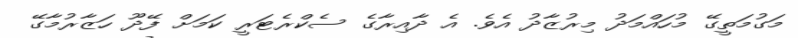
މަގުމަތީގޭ މުހައްމަދު މިރުޒާދު އެވެ. އެ ދާއިރާގެ ސެކްރެޓަރީ ކަމަށް ފޭދޫ ހަޒާރުމާގޭ